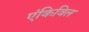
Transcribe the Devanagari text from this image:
एंकिविल